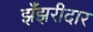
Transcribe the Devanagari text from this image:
झँझरीदार